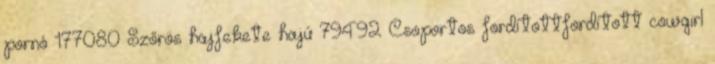
pornó 177080 Szőrös hajfekete hajú 79492 Csoportos fordítottfordított cowgirl